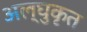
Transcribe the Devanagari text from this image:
अल्घुकृत